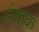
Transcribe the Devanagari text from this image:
अंकक